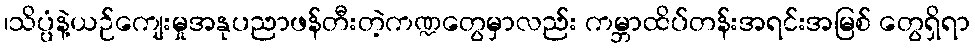
၊သိပ္ပံနဲ့ယဉ်ကျေးမှုအနုပညာဖန်တီးတဲ့ကဏ္ဍတွေမှာလည်း ကမ္ဘာထိပ်တန်းအရင်းအမြစ် တွေရှိရာ